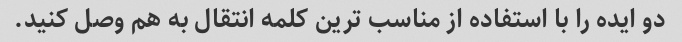
دو ایده را با استفاده از مناسب ترین کلمه انتقال به هم وصل کنید.